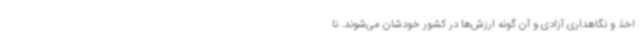
اخذ و نگاهداری آزادی و آن گونه ارزش‌ها در کشور خودشان می‌شوند. نا